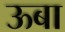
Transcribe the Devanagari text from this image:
ऊबा